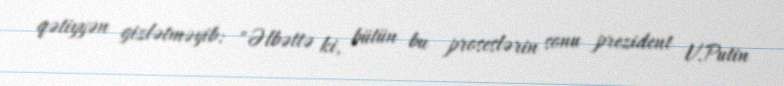
qətiyyən gizlətməyib: "Əlbəttə ki, bütün bu proseslərin sonu prezident V.Putin